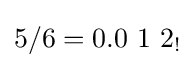
5/6=0.0\ 1\ 2_{!}